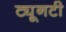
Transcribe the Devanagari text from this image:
ट्यूनटी